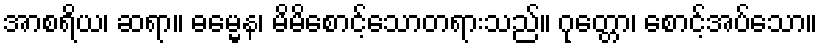
အာစရိယ၊ ဆရာ။ ဓမ္မေန၊ မိမိစောင့်သောတရားသည်။ ဂုတ္တော၊ စောင့်အပ်သော။